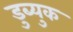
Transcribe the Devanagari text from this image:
डुब्युक